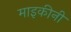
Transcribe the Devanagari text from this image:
माइकीनी